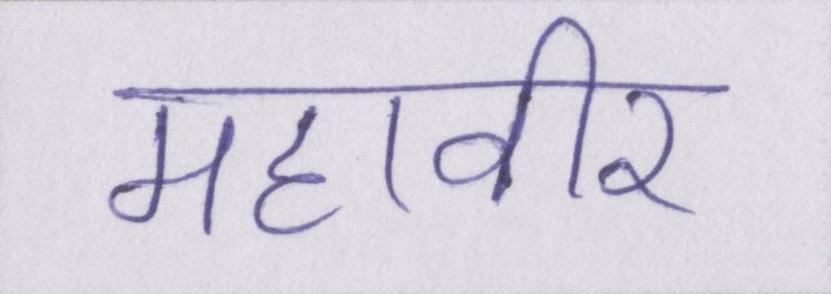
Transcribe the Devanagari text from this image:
महावीर